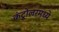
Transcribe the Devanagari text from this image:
कंट्रोलरमध्ये